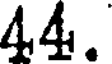
44.